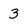
Character: 3